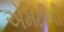
એમટીપી